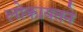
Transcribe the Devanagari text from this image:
लोकायतने